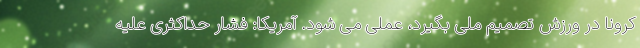
کرونا در ورزش تصمیم ملی بگیرد، عملی می شود. آمریکا: فشار حداکثری علیه